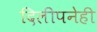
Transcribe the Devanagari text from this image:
दिलीपनेही